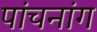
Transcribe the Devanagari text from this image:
पांचनांग